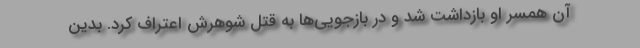
آن همسر او بازداشت شد و در بازجویی‌ها به قتل شوهرش اعتراف کرد. بدین